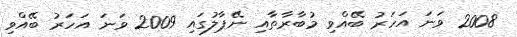
2008 ވަނަ އަހަރު ބޭއްވި މުބާރާތާއި ނޭޕާލުގައި 2009 ވަނަ އަހަރު ބޭއްވި